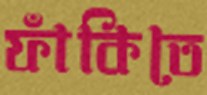
ফাঁকিতে